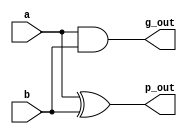
module pg_block(g_out, p_out,a,b);
  input a, b;
  output g_out, p_out;

  and(g_out,a,b);
  xor(p_out,a,b);

endmodule //pg_block

module pg_8block(p_out,g_out,a,b);
  input [7:0] a,b;
  output [8:1] g_out,p_out;

  pg_block pg1(g_out[1],p_out[1],a[0],b[0]);
  pg_block pg2(g_out[2],p_out[2],a[1],b[1]);
  pg_block pg3(g_out[3],p_out[3],a[2],b[2]);
  pg_block pg4(g_out[4],p_out[4],a[3],b[3]);
  pg_block pg5(g_out[5],p_out[5],a[4],b[4]);
  pg_block pg6(g_out[6],p_out[6],a[5],b[5]);
  pg_block pg7(g_out[7],p_out[7],a[6],b[6]);
  pg_block pg8(g_out[8],p_out[8],a[7],b[7]);

endmodule //pg_8block

module pg_32block(p_out,g_out,a,b,cin);
  input [31:0] a,b;
  input cin;
  output [32:0] g_out,p_out;  

  assign g_out[0] = cin;
  assign p_out[0] = 0;
  pg_8block pg8_1(g_out[8:1],p_out[8:1],a[7:0],b[7:0]);
  pg_8block pg8_2(g_out[16:9],p_out[16:9],a[15:8],b[15:8]);
  pg_8block pg8_3(g_out[24:17],p_out[24:17],a[23:16],b[23:16]);
  pg_8block pg8_4(g_out[32:25],p_out[32:25],a[31:24],b[31:24]);

endmodule //pg_32block

module sum_block(s,p,g);
  input g,p;
  output s;

  xor(s,g,p);

endmodule //sum_block

module sum_8block(s,p,g);
  input [8:0] p,g;
  output [7:0] s;

  sum_block s1(s[0],g[0],p[1]);
  sum_block s2(s[1],g[1],p[2]);
  sum_block s3(s[2],g[2],p[3]);
  sum_block s4(s[3],g[3],p[4]);
  sum_block s5(s[4],g[4],p[5]);
  sum_block s6(s[5],g[5],p[6]);
  sum_block s7(s[6],g[6],p[7]);
  sum_block s8(s[7],g[7],p[8]);

endmodule //sum_8block

module sum_32block(s,cout,p,g);
  input [32:0] p,g;
  output [31:0] s;
  output cout;
  
  wire w1;
  
  sum_8block s8_1(s[7:0],p[8:0],g[8:0]);
  sum_8block s8_2(s[15:8],p[16:8],g[16:8]);
  sum_8block s8_3(s[23:16],p[24:16],g[24:16]);
  sum_8block s8_4(s[31:24],p[32:24],g[32:24]);
                  //calculate cout
  and(w1,g[31],p[32]);
  or(cout,w1,g[32]);
  
endmodule  //sum_32block

module grey_box(g_out, p ,g,g_old);
  input p,g,g_old;
  output g_out;

  wire and_out,or_out;

  and(and_out, p, g_old);
  or(g_out, and_out,g);
endmodule // grey_box


module black_box(p_out,g_out,p,g,p_old,g_old);
  input p,g,p_old,g_old;
  output g_out,p_out;

  wire and1_out;
  
  and(and1_out, p, g_old);
  and(p_out, p, p_old);
  or(g_out, g,and1_out);

endmodule // black_box

module grey_blocks8(p_out,g_out,p_in,g_in,cool_g);
input [7:0] p_in,g_in;
input cool_g;
output [7:0] p_out,g_out;

grey_box greyb1(g_out[0],p_in[0],g_in[0],cool_g);
grey_box greyb2(g_out[1],p_in[1],g_in[1],cool_g);
grey_box greyb3(g_out[2],p_in[2],g_in[2],cool_g);
grey_box greyb4(g_out[3],p_in[3],g_in[3],cool_g);
grey_box greyb5(g_out[4],p_in[4],g_in[4],cool_g);
grey_box greyb6(g_out[5],p_in[5],g_in[5],cool_g);
grey_box greyb7(g_out[6],p_in[6],g_in[6],cool_g);
grey_box greyb8(g_out[7],p_in[7],g_in[7],cool_g);

endmodule //grey_blocks8

module black_blocks8(p_out,g_out,p_in,g_in,cool_p,cool_g);
input [7:0] p_in,g_in;
input cool_g,cool_p;
output [7:0] p_out,g_out;

black_box blackb1(p_out[0],g_out[0],p_in[0],g_in[0],cool_p,cool_g);
black_box blackb2(p_out[1],g_out[1],p_in[1],g_in[1],cool_p,cool_g);
black_box blackb3(p_out[0],g_out[2],p_in[2],g_in[2],cool_p,cool_g);
black_box blackb4(p_out[0],g_out[3],p_in[3],g_in[3],cool_p,cool_g);
black_box blackb5(p_out[0],g_out[4],p_in[4],g_in[4],cool_p,cool_g);
black_box blackb6(p_out[0],g_out[5],p_in[5],g_in[5],cool_p,cool_g);
black_box blackb7(p_out[0],g_out[6],p_in[6],g_in[6],cool_p,cool_g);
black_box blackb8(p_out[0],g_out[7],p_in[7],g_in[7],cool_p,cool_g);

endmodule //black_blocks8

module sklansky_logic8(p_out,g_out,p,g);
  input  [7:0] p,g;
  output [7:0] p_out,g_out;

  wire  w1p,w1g,w2p,w2g,w3p,w3g,w4p,w4g,w5p,w5g, gout1,gout3;

  assign    g_out[0] = g[0];            //pin 0
  assign    p_out[0] = p[0];

  grey_box  gb1(gout1,p[1],g[1],g[0]);    //pin 1
  assign    p_out[1] = p[1];
  assign    g_out[1] = gout1;

  grey_box  gb2(g_out[2],p[2],g[2],gout1);    //pin 2
  assign    p_out[2] = p[2];

  black_box bb1(w1p,w1g,p[3],g[3],p[2],g[2]);    //pin 3
  grey_box  gb3(gout3,w1p,w1g,gout1);
  assign    p_out[3] = p[3];
  assign    g_out[3] = gout3;

  grey_box  gb4(g_out[4],p[4],g[4],gout3);    //pin 4
  assign    p_out[4] = p[4];
  black_box bb2(w2p,w2g,p[5],g[5],p[4],g[4]);    //pin 5
  grey_box  gb5(g_out[5],w2p,w2g,gout3);
  assign    p_out[5] = p[5];
  black_box bb3(w3p,w3g,p[6],g[6],w2p,w2g);    //pin 6
  grey_box  gb6(g_out[6],w3p,w3g,gout3);
  assign    p_out[6] = p[6];
  black_box bb4(w4p,w4g,p[7],g[7],p[6],g[6]);    //pin 7
  black_box bb5(w5p,w5g,w4p,w4g,w2p,w2g);
  grey_box  gb7(g_out[7],w5p,w5g,gout3);
  assign    p_out[7] = p[7];
  

endmodule //slansky_logic_8bit

module sklansky_logic8b(p_out,g_out,p,g);
  input  [7:0] p,g;
  output [7:0] p_out,g_out;

  wire  [3:0] p_s1,g_s1,p_s2,g_s2; //key : p_s1 = pout at stage 1

  assign    g_out[0] = g[0];           //pin 0
  assign    p_out[0] = p[0];

  black_box  gb1(p_s1[0],g_s1[0],p[1],g[1],p[0],g[0]);     //pin 1
  assign    p_out[1] = p_s1[0];
  assign    g_out[1] = g_s1[0];

  black_box  gb2(p_out[2],g_out[2],p[2],g[2],p_s1[0],g_s1[0]);     //pin 2
  assign    p_out[2] = p[2];

  black_box bb1(p_s1[1],g_s1[1],p[3],g[3],p[2],g[2]);     //pin 3
  black_box  gb3(p_s2[0],g_s2[0],p_s1[1],g_s1[1],p_s1[0],g_s1[0]);
  assign    p_out[3] = p_s2[0];
  assign    g_out[3] = g_s2[0];

  black_box  gb4(p_out[4],g_out[4],p[4],g[4],p_s2[0],g_s2[0]); //pin 4

  black_box bb2(p_s1[2],g_s1[2],p[5],g[5],p[4],g[4]); //pin 5
  black_box  gb5(p_out[5],g_out[5],p_s1[2],g_s1[2],p_s2[0],g_s2[0]);

  black_box bb3(p_s2[1],g_s2[1],p[6],g[6],p_s1[2],g_s1[2]); //pin 6
  black_box  gb6(p_out[6],g_out[6],p_s2[1],g_s2[1],p_s2[0],g_s2[0]);
  
  black_box bb4(p_s1[3],g_s1[3],p[7],g[7],p[6],g[6]); //pin 7
  black_box bb5(p_s2[2],g_s2[2],p_s1[3],g_s1[3],p_s1[2],g_s1[2]);
  black_box  gb7(p_out[7],g_out[7],p_s2[2],g_s2[2],p_s2[0],g_s2[0]);
  
endmodule //slansky_logic8_black


module sklansky_logic32(p_out,g_out,p,g);
  input  [32:0] p,g;
  inout [32:0] p_out,g_out;

  wire [7:0] skl8_p,skl8_g,skl8b_p,skl8b_g,skl8b2_p,skl8b2_g,black8b1_p,black8b1_g,skl8b3_p,skl8b3_g,grey8b2_p,grey8b2_g;
//0-7 bits
  sklansky_logic8 skl8(skl8_p[7:0],skl8_g[7:0],p[7:0],g[7:0]);
  assign p_out[7:0] = skl8_p;
  assign g_out[7:0] = skl8_g;
//8-15 bits  
  sklansky_logic8b skl8b1(skl8b_p,skl8b_g,p[15:8],g[15:8]);
  grey_blocks8 grey8b1(p_out[15:8],p_out[15:8],skl8b_p[7:0],skl8b_g[7:0],skl8_g[7]);
//16-23 bits  
  sklansky_logic8b skl8b2(skl8b2_p,skl8b2_g,p[23:16],g[23:16]);
  grey_blocks8 grey8b2(p_out[23:16],p_out[23:16],skl8b2_p[7:0],skl8b2_g[7:0],g_out[15]);
//24-31 bits  
  sklansky_logic8b skl8b3(skl8b3_p,skl8b3_g,p[31:24],g[31:24]);
  black_blocks8 black8b1(black8b1_p,black8b1_g,skl8b3_p[7:0],skl8b3_g[7:0],skl8b2_p[7],skl8b2_g[7]); //also passing in the 23 bits p and g
  grey_blocks8 grey8b3(p_out[31:24],g_out[31:24],black8b1_p[7:0],black8b1_g[7:0],g_out[15]); 
//pin 32
  assign    g_out[32]=g[32];            
  assign    p_out[32]=p[32];
  
endmodule //sklansky_logic32

module sklansky_adder32(s,cout,a,b,cin);
  input [31:0] a,b;
  input cin;
  output [31:0] s;
  output cout;

  wire [32:0] p_in,g_in,p_out,g_out;

  pg_32block  pgb(p_in,g_in,a,b,cin);
  sklansky_logic32 sl8(p_out,g_out,p_in,g_in);
  sum_32block sb32(s,cout,p_out,g_out);

endmodule //sklansky_adder32